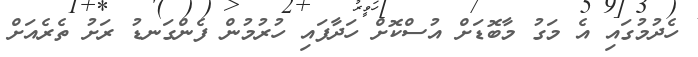
ހެދުމުގައި އެ މަގު މާބޮޑަށް އުސްކޮށް ހަދާފައި ހުރުމުން ފެންގަނޑު ރަށު ތެރެއަށް